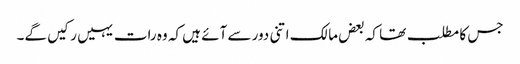
جس کا مطلب تھا کہ بعض مالک اتنی دور سے آئے ہیں کہ وہ رات یہیں رکیں گے۔